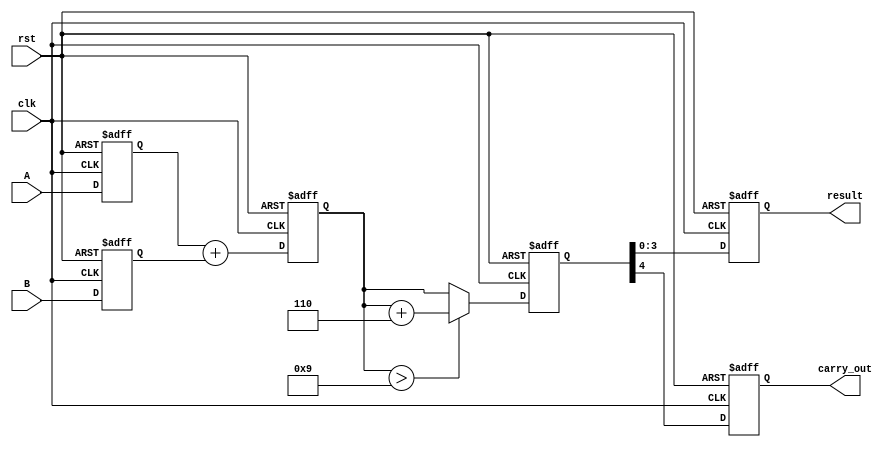
module BCD_Pipelined_Adder (
    input wire clk,
    input wire rst,
    input wire [3:0] A, // BCD digit A
    input wire [3:0] B, // BCD digit B
    output reg [3:0] result, // BCD result
    output reg carry_out // Carry out for cases exceeding a single BCD digit
);

    // Pipeline registers
    reg [3:0] A_reg, B_reg; // Input stage registers
    reg [4:0] sum_reg;      // Addition stage register
    reg [4:0] corrected_sum; // Correction stage register

    // Input Stage: Latch inputs
    always @(posedge clk or posedge rst) begin
        if (rst) begin
            A_reg <= 4'b0000;
            B_reg <= 4'b0000;
        end else begin
            A_reg <= A;
            B_reg <= B;
        end
    end

    // Addition Stage: Compute sum
    always @(posedge clk or posedge rst) begin
        if (rst) begin
            sum_reg <= 5'b00000;
        end else begin
            sum_reg <= A_reg + B_reg; // 4-bit addition, result is 5 bits
        end
    end

    // Correction Stage: Check for BCD correction
    always @(posedge clk or posedge rst) begin
        if (rst) begin
            corrected_sum <= 5'b00000;
        end else begin
            if (sum_reg > 5'b01001) begin // If sum > 9
                corrected_sum <= sum_reg + 5'b00110; // Add 6 for correction
            end else begin
                corrected_sum <= sum_reg; // No correction needed
            end
        end
    end

    // Output Stage: Prepare final result
    always @(posedge clk or posedge rst) begin
        if (rst) begin
            result <= 4'b0000;
            carry_out <= 1'b0;
        end else begin
            result <= corrected_sum[3:0]; // Take lower 4 bits as result
            carry_out <= corrected_sum[4]; // Carry out if there is a carry
        end
    end

endmodule